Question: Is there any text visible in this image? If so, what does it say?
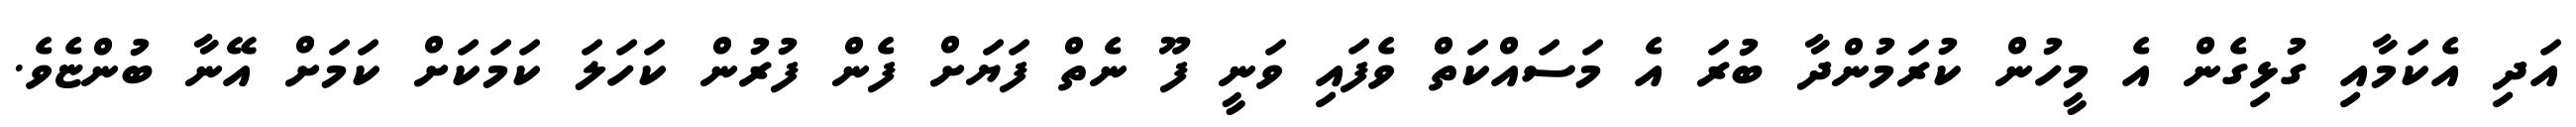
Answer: އަދި އެކަމާއި ގުޅިގެން އެ މީހުން ކުރަމުންދާ ބުރަ އެ މަސައްކަތް ވެފައި ވަނީ ފޫ ނެތް ފަޔަށް ފެން ފުރުން ކަހަލަ ކަމަކަށް ކަމަށް އޭނާ ބުންޏެވެ.